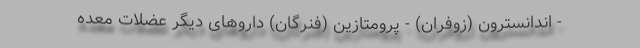
- اندانسترون (زوفران) - پرومتازین (فنرگان) داروهای دیگر عضلات معده